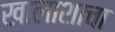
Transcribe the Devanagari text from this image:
खालाशाचा